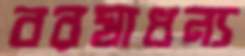
বরষাধন্য